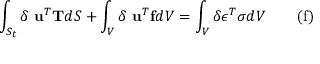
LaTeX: \int _ { S _ { t } } \delta \ \mathbf { u } ^ { T } \mathbf { T } d S + \int _ { V } \delta \ \mathbf { u } ^ { T } \mathbf { f } d V = \int _ { V } \delta { \boldsymbol { \epsilon } } ^ { T } { \boldsymbol { \sigma } } d V \qquad \mathrm { ( f ) }